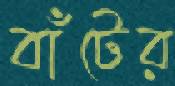
বাঁটের